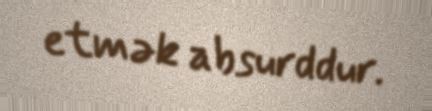
etmək absurddur.